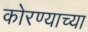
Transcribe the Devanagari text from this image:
कोरण्याच्या